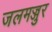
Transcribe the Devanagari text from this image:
जलमज्जुर